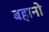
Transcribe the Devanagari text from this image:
बहानो